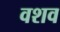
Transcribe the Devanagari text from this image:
वशव